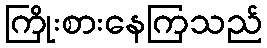
ကြိုးစားနေကြသည်